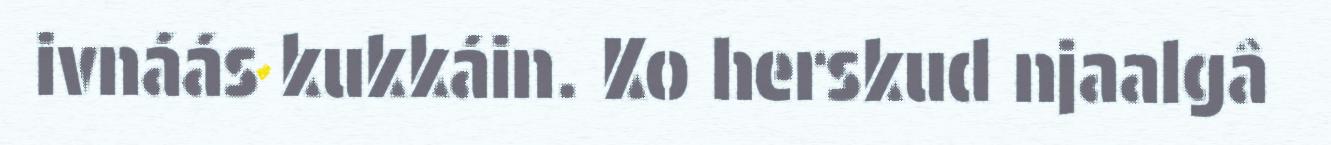
ivnáás kukkáin. Ko herskud njaalgâ